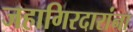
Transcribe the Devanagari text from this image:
जहागिरदारांना